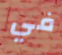
في